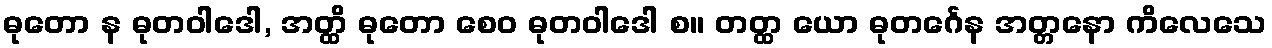
ဓုတော န ဓုတဝါဒေါ, အတ္ထိ ဓုတော စေဝ ဓုတဝါဒေါ စ။ တတ္ထ ယော ဓုတင်္ဂေန အတ္တနော ကိလေသေ